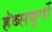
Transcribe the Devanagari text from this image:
हॅब्सबुर्गो